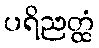
ပရိညတ္ထံ